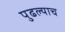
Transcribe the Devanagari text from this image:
पुढल्याच